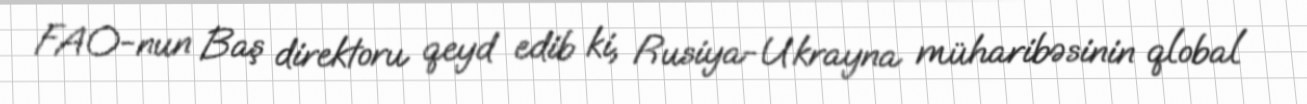
FAO-nun Baş direktoru qeyd edib ki, Rusiya-Ukrayna müharibəsinin qlobal